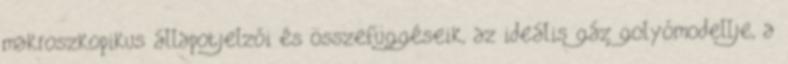
makroszkopikus állapotjelzői és összefüggéseik, az ideális gáz golyómodellje, a